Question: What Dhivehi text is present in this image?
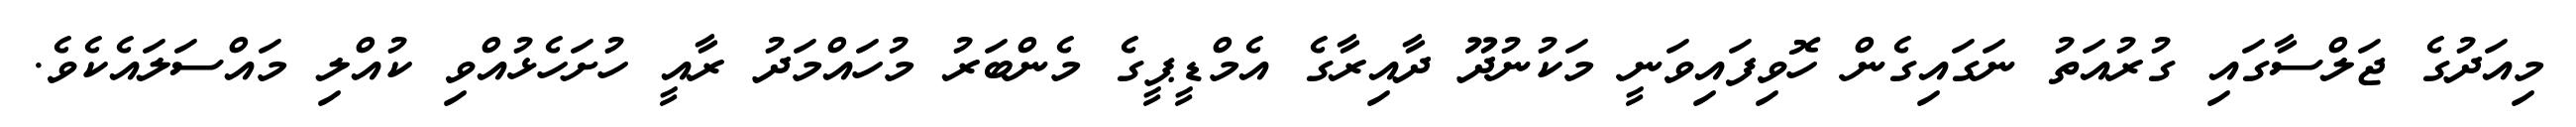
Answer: މިއަދުގެ ޖަލްސާގައި ގުރުއަތު ނަގައިގެން ހޮވިފައިވަނީ މަކުނުދޫ ދާއިރާގެ އެމްޑީޕީގެ މެންބަރު މުހައްމަދު ރާއީ ހުށަހެޅުއްވި ކުއްލި މައްސަލައެކެވެ.